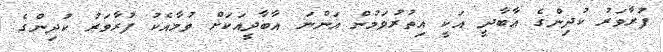
ފުރާވަރު ކުދިންގެ އާބާދީ އަކީ އިތުރުވަމުން އަންނަ އާބާދީއަކަށް ވުމާއެކު ފުރާވަރު ކުދިންގެ